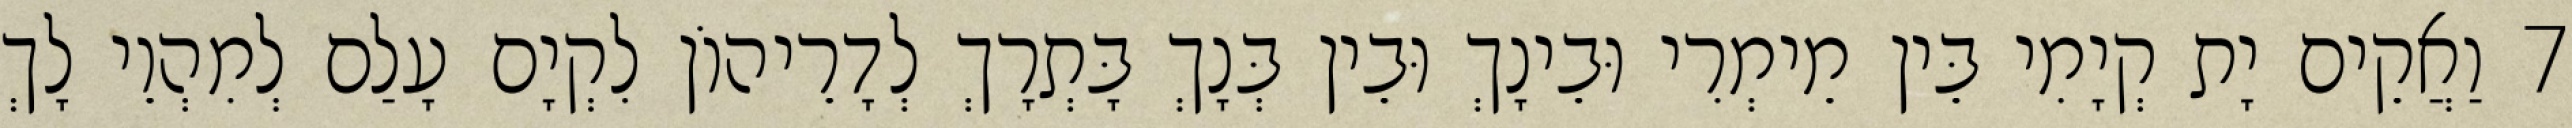
7 וַאֲקֵים יָת קְיָמִי בֵּין מֵימְרִי וּבֵינָךְ וּבֵין בְּנָךְ בָּתְרָךְ לְדָרֵיהוֹן לִקְיָם עָלַם לְמִהְוֵי לָךְ